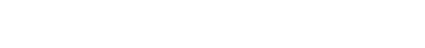
ထုတ်လုပ်ဖို့ အသုံးပြုသွားမှာ ဖြစ်တယ်လို့ သိရပါတယ်။